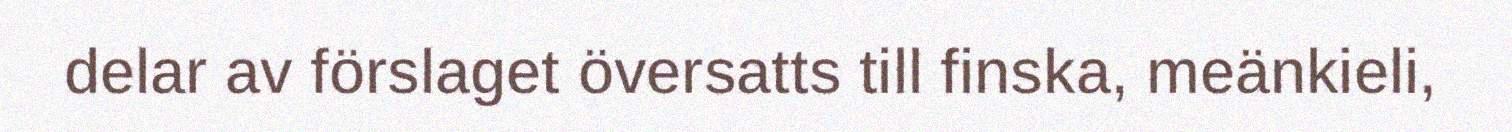
delar av förslaget översatts till finska, meänkieli,